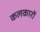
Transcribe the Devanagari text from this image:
कलकारों